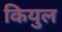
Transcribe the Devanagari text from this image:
कियुल